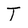
Character: T